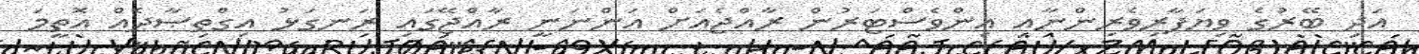
އަދި ބޭރުގެ ވިޔަފާރިވެރިންނާއި އިންވެސްޓަރުން ރާއްޖެއަށް އަންނަނީ ރާއްޖޭގައި ރަނގަޅު އިގްތިޞާދެއް އޮތީމަ